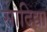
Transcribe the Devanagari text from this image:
सादिद्या